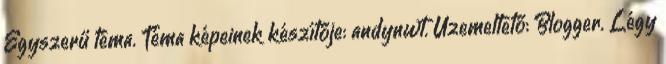
Egyszerű téma. Téma képeinek készítője: andynwt. Üzemeltető: Blogger. Légy